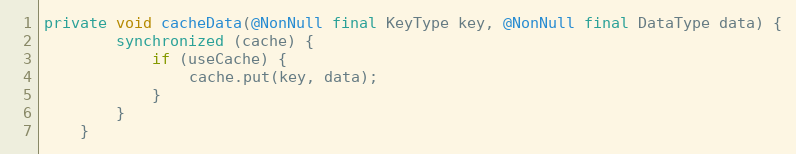
Language: Java
private void cacheData(@NonNull final KeyType key, @NonNull final DataType data) {
        synchronized (cache) {
            if (useCache) {
                cache.put(key, data);
            }
        }
    }